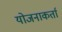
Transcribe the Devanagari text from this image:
योजनाकर्ता